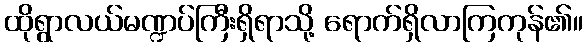
ထိုရွာလယ်မဏ္ဍပ်ကြီးရှိရာသို့ ရောက်ရှိလာကြကုန်၏။